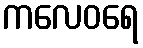
ကလေဝရေ